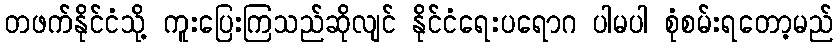
တဖက်နိုင်ငံသို့ ကူးပြေးကြသည်ဆိုလျင် နိုင်ငံရေးပရောဂ ပါမပါ စုံစမ်းရတော့မည်